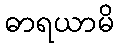
ဓာရယာမိ